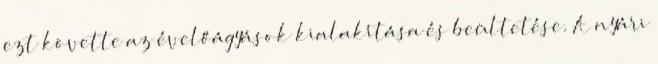
ezt követte az évelőágyások kialakítása és beültetése. A nyári